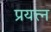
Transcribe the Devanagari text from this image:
प्रयत्त्‍न